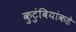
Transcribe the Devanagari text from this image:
कुटुंबियांकडे